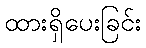
ထားရှိပေးခြင်း